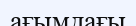
ағымдағы